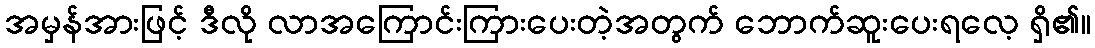
အမှန်အားဖြင့် ဒီလို လာအကြောင်းကြားပေးတဲ့အတွက် ဘောက်ဆူးပေးရလေ့ ရှိ၏။